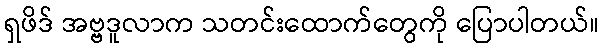
ရှဖိဒ် အဗ္ဗဒူလာက သတင်းထောက်တွေကို ပြောပါတယ်။